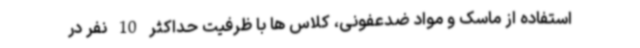
استفاده از ماسک و مواد ضدعفونی، کلاس ها با ظرفیت حداکثر 10 نفر در